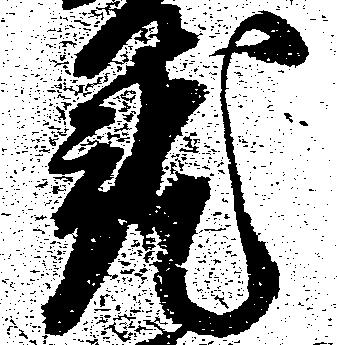
就